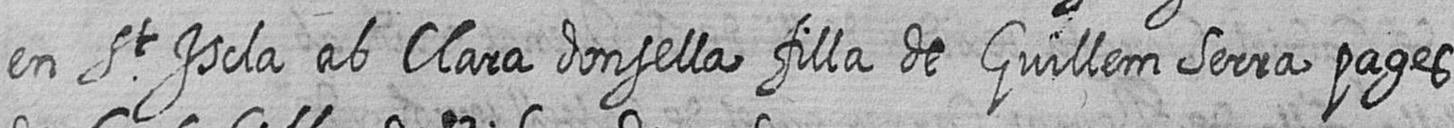
en St Iscla ab Clara donsella filla de Guillem Serra pages